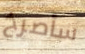
سأصرخ